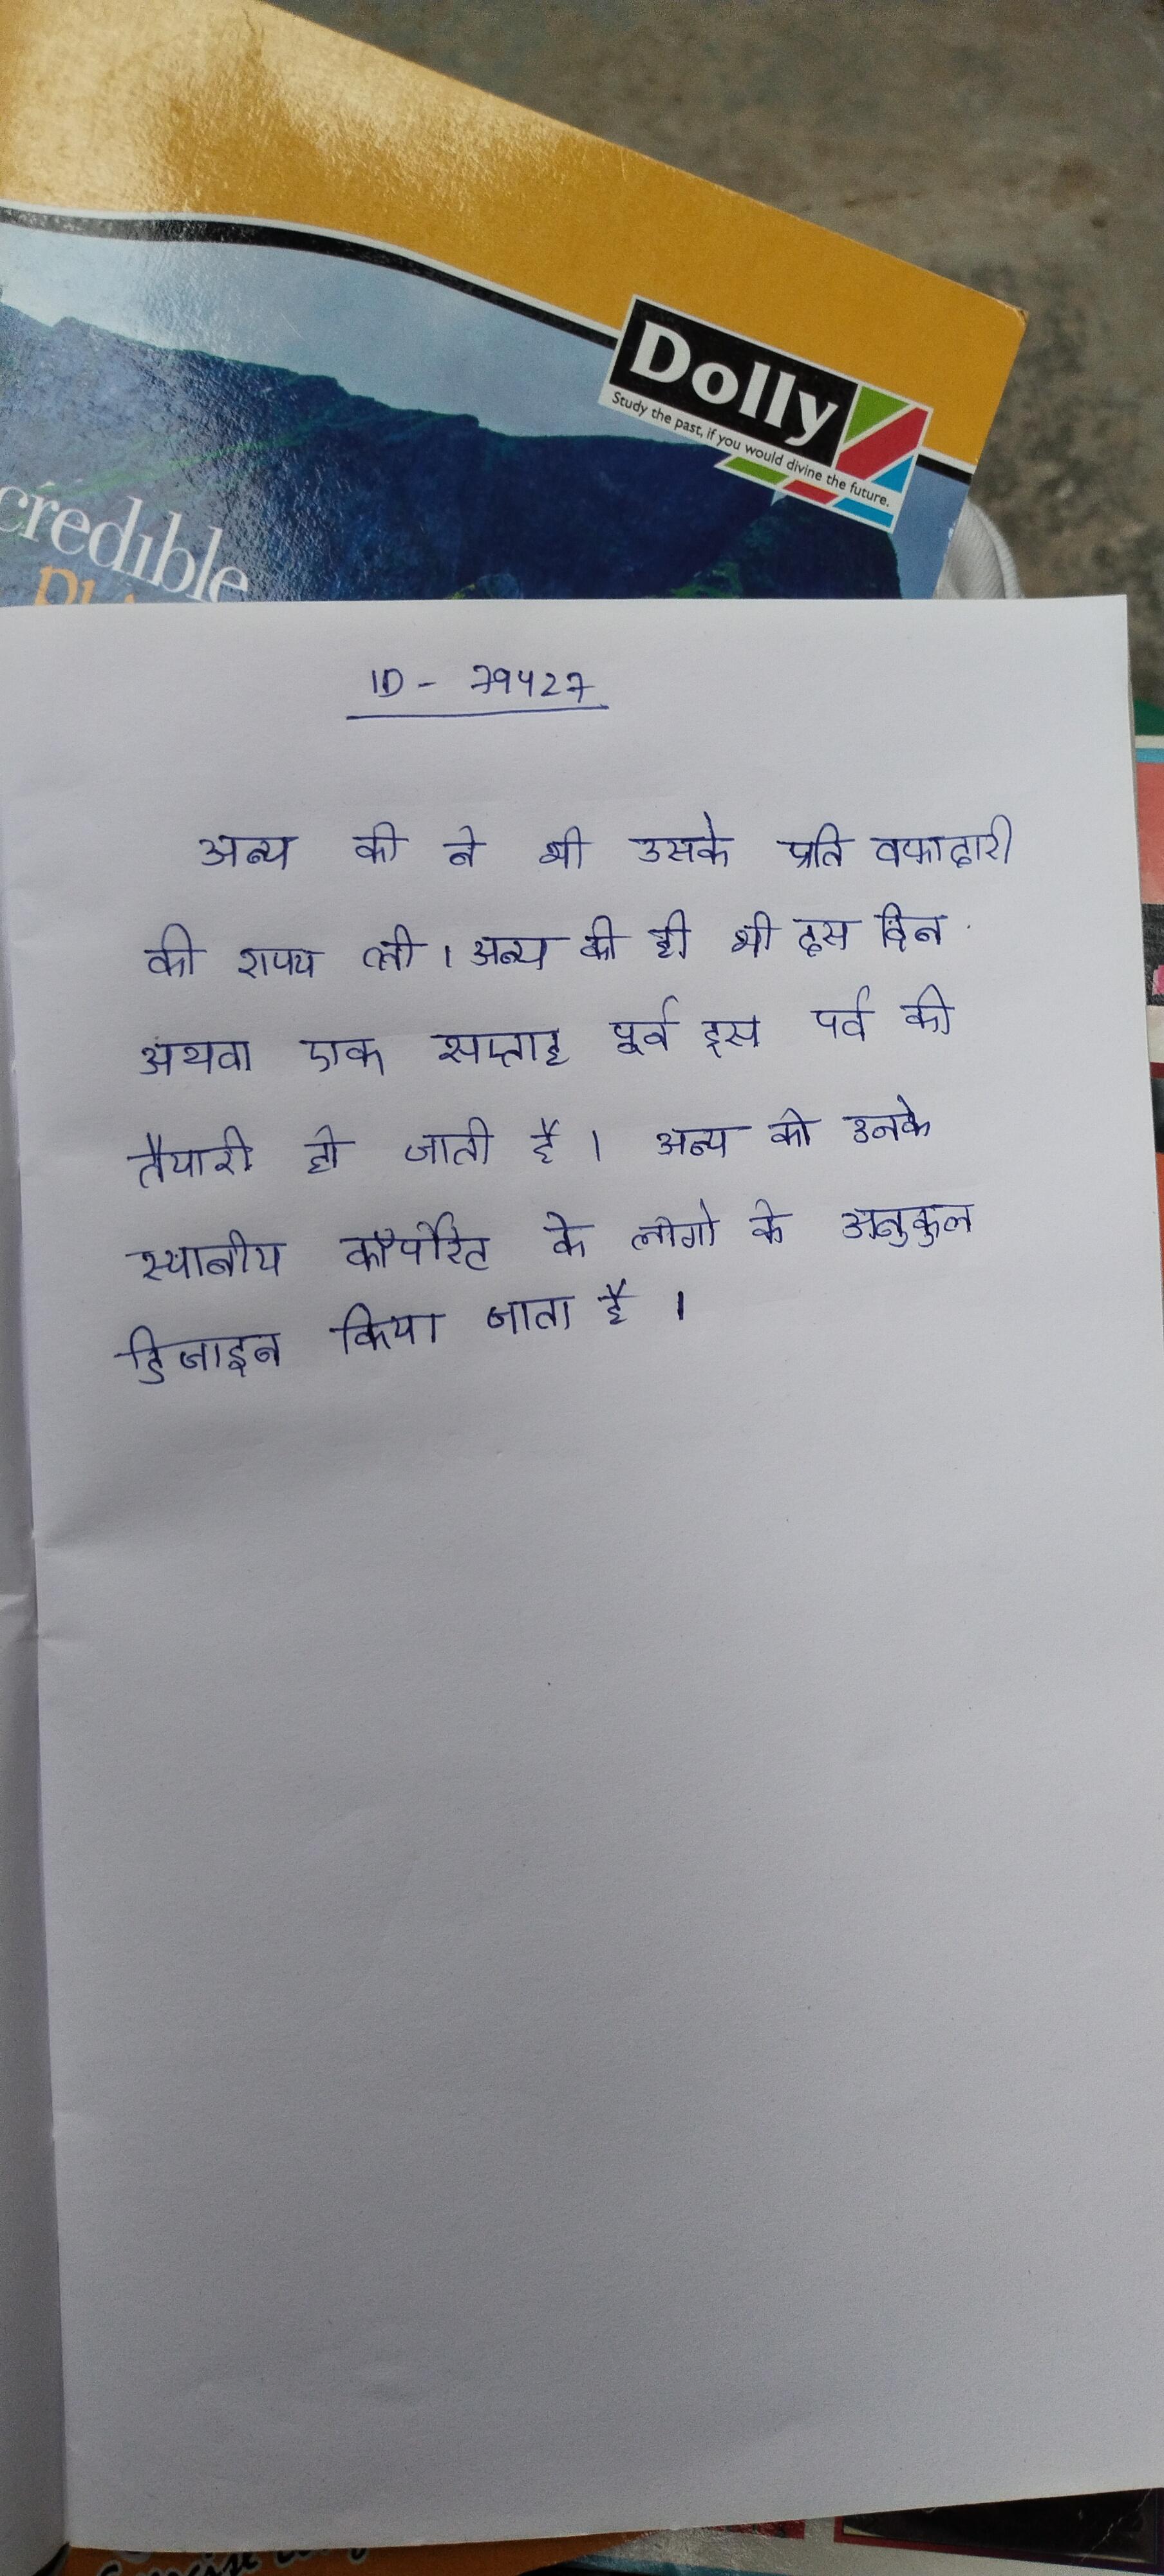
अन्य की ने भी उसके प्रति वफादारी की शपथ ली । अन्य की ही भी दस दिन अथवा एक सप्ताह पूर्व इस पर्व की तैयारी हो जाती है । अन्य को उनके स्थानीय कॉर्पोरेट के लोगो के अनुकूल डिजाइन किया जाता है ।